Annual report of the Madras Medical College
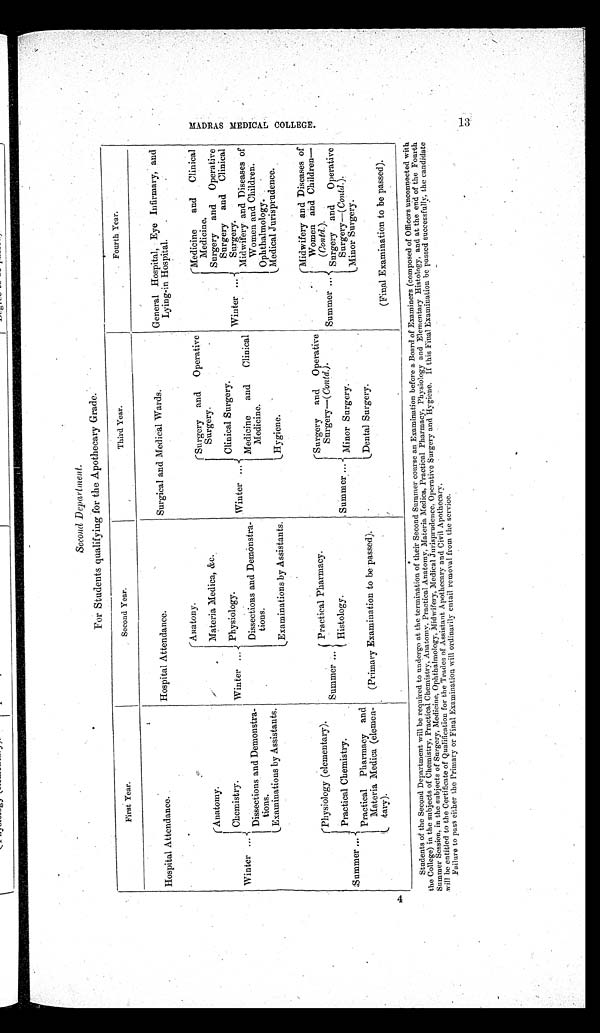
Second Department.
For Students qualifying for the Apothecary Grade.
First Year.
Second Year.
Third Year.
Fourth Year.
Hospital Attendance.
Hospital Attendance.
Surgical and Medical Wards.
General Hospital, Eye Infirmary, and
Lying-in Hospital.
Winter ...
Anatomy.
Winter ...
Anatony.
Winter ...
Surgery and Operative
Surgery.
Winter ...
Medicine
and
Clinical
Medicine.
Materia Medica, &amp;c.
Chemistry.
Physiology.
Clinical Surgery.
Surgery and Operative
Surgery and Clinical
Surgery.
Dissections and Demonstra-
tions.
Dissections and Demonstra-
tions.
Medicine
and
Clinical
Medicine.
Midwifery and Diseases of
Women and Children.
Examinations by Assistants.
Examinations by Assistants.
Ophthalmology.
Hygiene.
Medical Jurisprudence.
Summer ...
Physiology (elementary).
Summer ...
Practical Pharmacy.
Summer ...
Surgery and Operative
Surgery—(Contd.).
Summer ...
Midwifery and Diseases of
Women and Children—
( contd .).
Practical Chemistry.
Histology.
Minor Surgery.
Surgery and
Operative
Surgery—( Contd. ).
Minor Surgery.
Practical Pharmacy and
Materia Medica (elemen-
tary).
Dental Surgery.
(Primary Examination to be passed).
(Final Examination to be passed).
Students of the Second Department will be required to undergo at the termination of their Second Summer course an Examination before a Board of Examiners (composed of Officers unconnected with
the College) in the subjects of Chemistry, Practical Chemistry, Anatomy, Practical Anatomy, Materia Medica, Practical Pharmacy, Physiology and Elementary Histology, and at the end of the Fourth
Summer Session, in the subjects of Surgery, Medicine, Ophthalmology, Midwifery, Medical Jurisprudence, Operative Surgery and Hygiene. If this Final Examination be passed successfully, the candidate
will be entitled to the Certificate of Qualification for the Trades of Assistant Apothecary and Civil Apothecary.
Failure to pass either the Primary or Final Examination will ordinarily entail removal from the service.
MA D R A S ME D I C A L C O L L E G E .
13